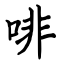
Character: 啡